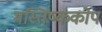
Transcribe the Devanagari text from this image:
मस्तिष्ककोप